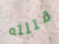
قتلته